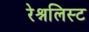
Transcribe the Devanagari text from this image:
रेश्नलिस्ट